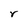
Character: r